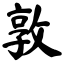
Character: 敦